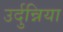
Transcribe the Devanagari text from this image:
उर्दुन्निया